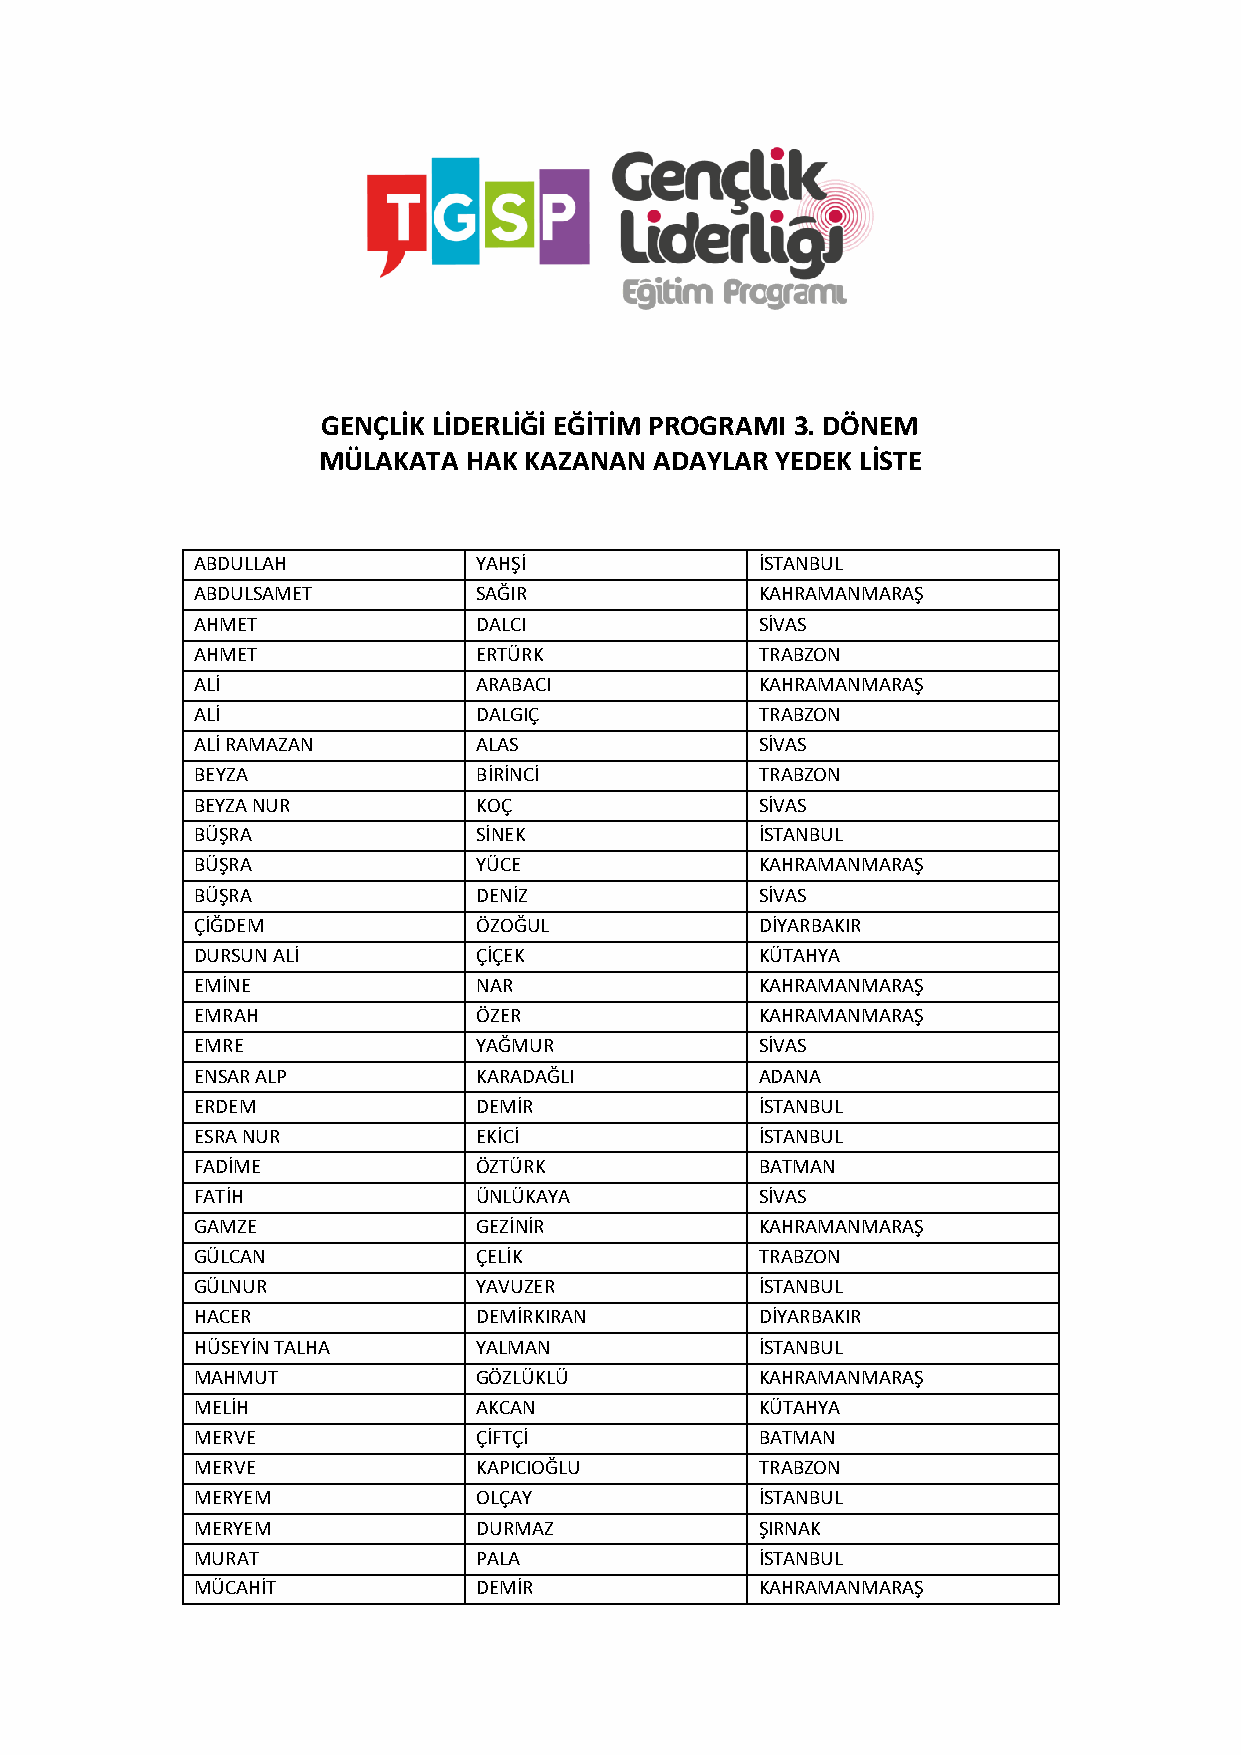
GENÇLİK LİDERLİĞİ EĞİTİM PROGRAMI 3. DÖNEM
 MÜLAKATA  HAK KAZANAN ADAYLAR YEDEK LİSTE
 ABDULLAH          YAHŞİ              İSTANBUL
 ABDULSAMET        SAĞIR              KAHRAMANMARAŞ
 AHMET             DALCI              SİVAS
 AHMET             ERTÜRK             TRABZON
 ALİ               ARABACI            KAHRAMANMARAŞ
 ALİ               DALGIÇ             TRABZON
 ALİ RAMAZAN       ALAS               SİVAS
 BEYZA             BİRİNCİ            TRABZON
 BEYZA NUR         KOÇ                SİVAS
 BÜŞRA             SİNEK              İSTANBUL
 BÜŞRA             YÜCE               KAHRAMANMARAŞ
 BÜŞRA             DENİZ              SİVAS
 ÇİĞDEM            ÖZOĞUL             DİYARBAKIR
 DURSUN ALİ        ÇİÇEK              KÜTAHYA
 EMİNE             NAR                KAHRAMANMARAŞ
 EMRAH             ÖZER               KAHRAMANMARAŞ
 EMRE              YAĞMUR             SİVAS
 ENSAR ALP         KARADAĞLI          ADANA
 ERDEM             DEMİR              İSTANBUL
 ESRA NUR          EKİCİ              İSTANBUL
 FADİME            ÖZTÜRK             BATMAN
 FATİH             ÜNLÜKAYA           SİVAS
 GAMZE             GEZİNİR            KAHRAMANMARAŞ
 GÜLCAN            ÇELİK              TRABZON
 GÜLNUR            YAVUZER            İSTANBUL
 HACER             DEMİRKIRAN         DİYARBAKIR
 HÜSEYİN TALHA     YALMAN             İSTANBUL
 MAHMUT            GÖZLÜKLÜ           KAHRAMANMARAŞ
 MELİH             AKCAN              KÜTAHYA
 MERVE             ÇİFTÇİ             BATMAN
 MERVE             KAPICIOĞLU         TRABZON
 MERYEM            OLÇAY              İSTANBUL
 MERYEM            DURMAZ             ŞIRNAK
 MURAT             PALA               İSTANBUL
 MÜCAHİT           DEMİR              KAHRAMANMARAŞ